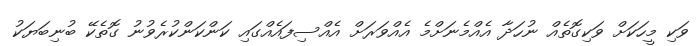
ވަކި މީހަކަށް ވަކިގޮތެއް ނުހަދާ އެއްމެނަށްމެ އެއްވަރަށް އެއްސިފައެއްގައި ކަންކަންކުރެވުނު ގޮތެކޭ ބުނިބަޔަކު